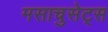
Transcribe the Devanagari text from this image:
मसाचुसेट्स